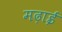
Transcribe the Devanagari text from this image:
मढ़ाई